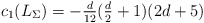
\begin{align*}c_1(L_\Sigma)=\mbox{$-\frac d{12}(\frac d2+1)(2d+5)$}\end{align*}